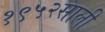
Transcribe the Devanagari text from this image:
१९५२साली